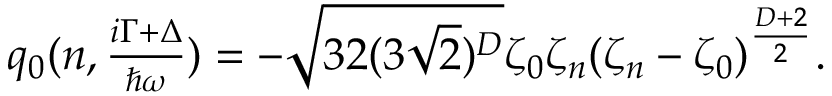
\begin{array} { r } { q _ { 0 } ( n , \frac { i \Gamma + \Delta } { \hbar \omega } ) = - \sqrt { 3 2 ( 3 \sqrt { 2 } ) ^ { D } } \zeta _ { 0 } \zeta _ { n } ( \zeta _ { n } - \zeta _ { 0 } ) ^ { \frac { D + 2 } { 2 } } . } \end{array}